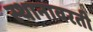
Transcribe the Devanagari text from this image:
स्थानावरती